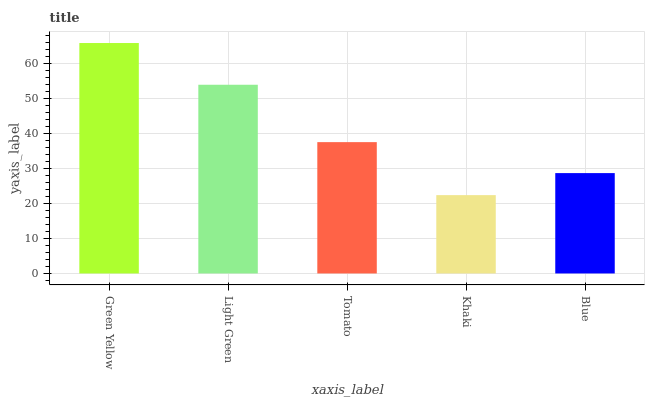
| xaxis_label | bars |
 | --- | --- |
 | Green Yellow | 65.8 |
 | Light Green | 53.9 |
 | Tomato | 37.5 |
 | Khaki | 22.4 |
 | Blue | 28.6 |